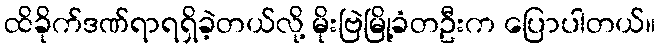
ထိခိုက်ဒဏ်ရာရရှိခဲ့တယ်လို့ မိုးဗြဲမြို့ခံတဦးက ပြောပါတယ်။